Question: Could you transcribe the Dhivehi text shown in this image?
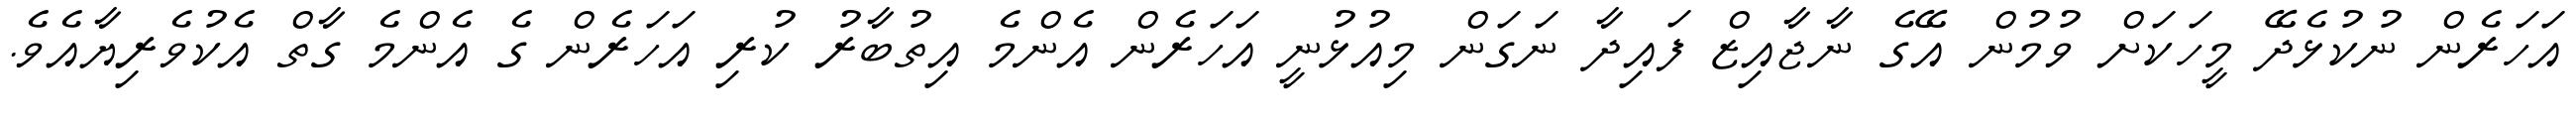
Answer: އަހަރެން ނުކުޅެދޭ މީހަކަށް ވުމުން އޭގެ ނާޖާއިޒް ފައިދާ ނަގަން މިއުޅުނީ އަހަރެން އެންމެ އިތުބާރު ކުރި އަހަރެން ގެ އެންމެ ގާތް އެކުވެރިޔާއެވެ.